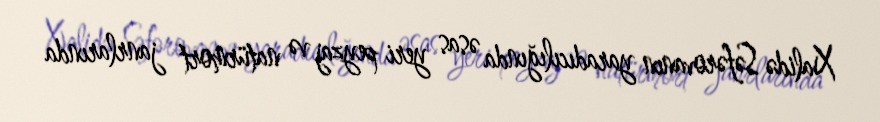
Xalidə Səfərovanın yaradıcılığında əsas yeri peyzaj və natürmort janrlarında